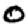
Digit: 0